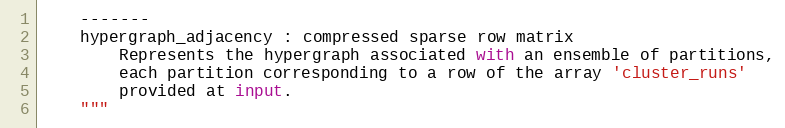
Language: Python
    -------
    hypergraph_adjacency : compressed sparse row matrix
        Represents the hypergraph associated with an ensemble of partitions,
        each partition corresponding to a row of the array 'cluster_runs'
        provided at input.
    """